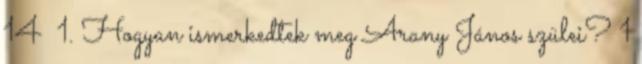
14 1. Hogyan ismerkedtek meg Arany János szülei? 1